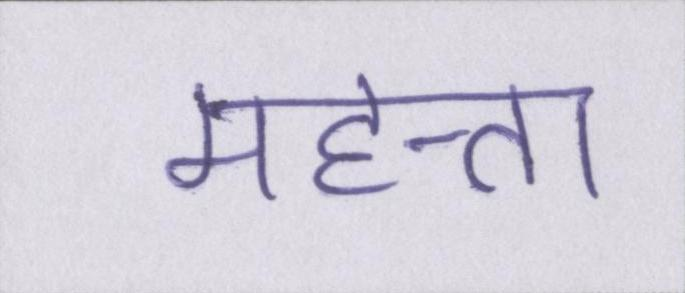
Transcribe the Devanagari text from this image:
महत्ता